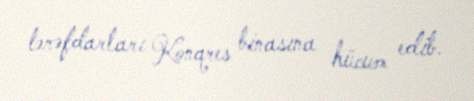
tərəfdarları Konqres binasına hücum edib.